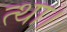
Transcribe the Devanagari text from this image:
त्था।